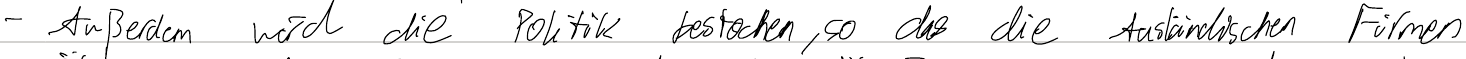
- Außerdem wird die Politik bestochen, so das die Ausländischen Firmen